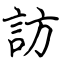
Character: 訪